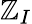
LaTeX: \mathbb{Z}_{I}